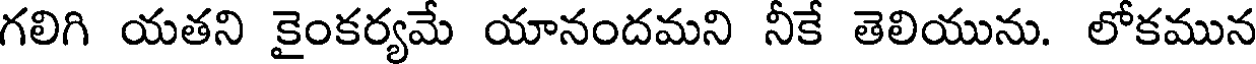
గలిగి యతని కైంకర్యమే యానందమని నీకే తెలియును. లోకమున